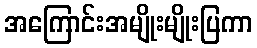
အကြောင်းအမျိုးမျိုးပြကာ